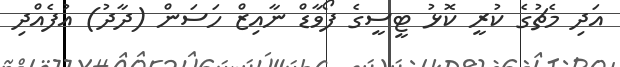
އަދި މެޗުގެ ކުރީ ކޮޅު ޓީސީގެ ފޯވާޑް ނާއިޒް ހަސަން (ދާދު) އުފެއްދި